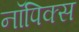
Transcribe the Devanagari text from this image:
नॉपिक्स